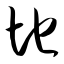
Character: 地